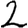
Digit: 2